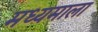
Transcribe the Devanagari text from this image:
मध्यमाला